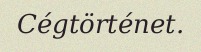
Cégtörténet.